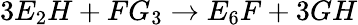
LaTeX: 3E_{2}H+FG_{3}\to E_{6}F+3GH